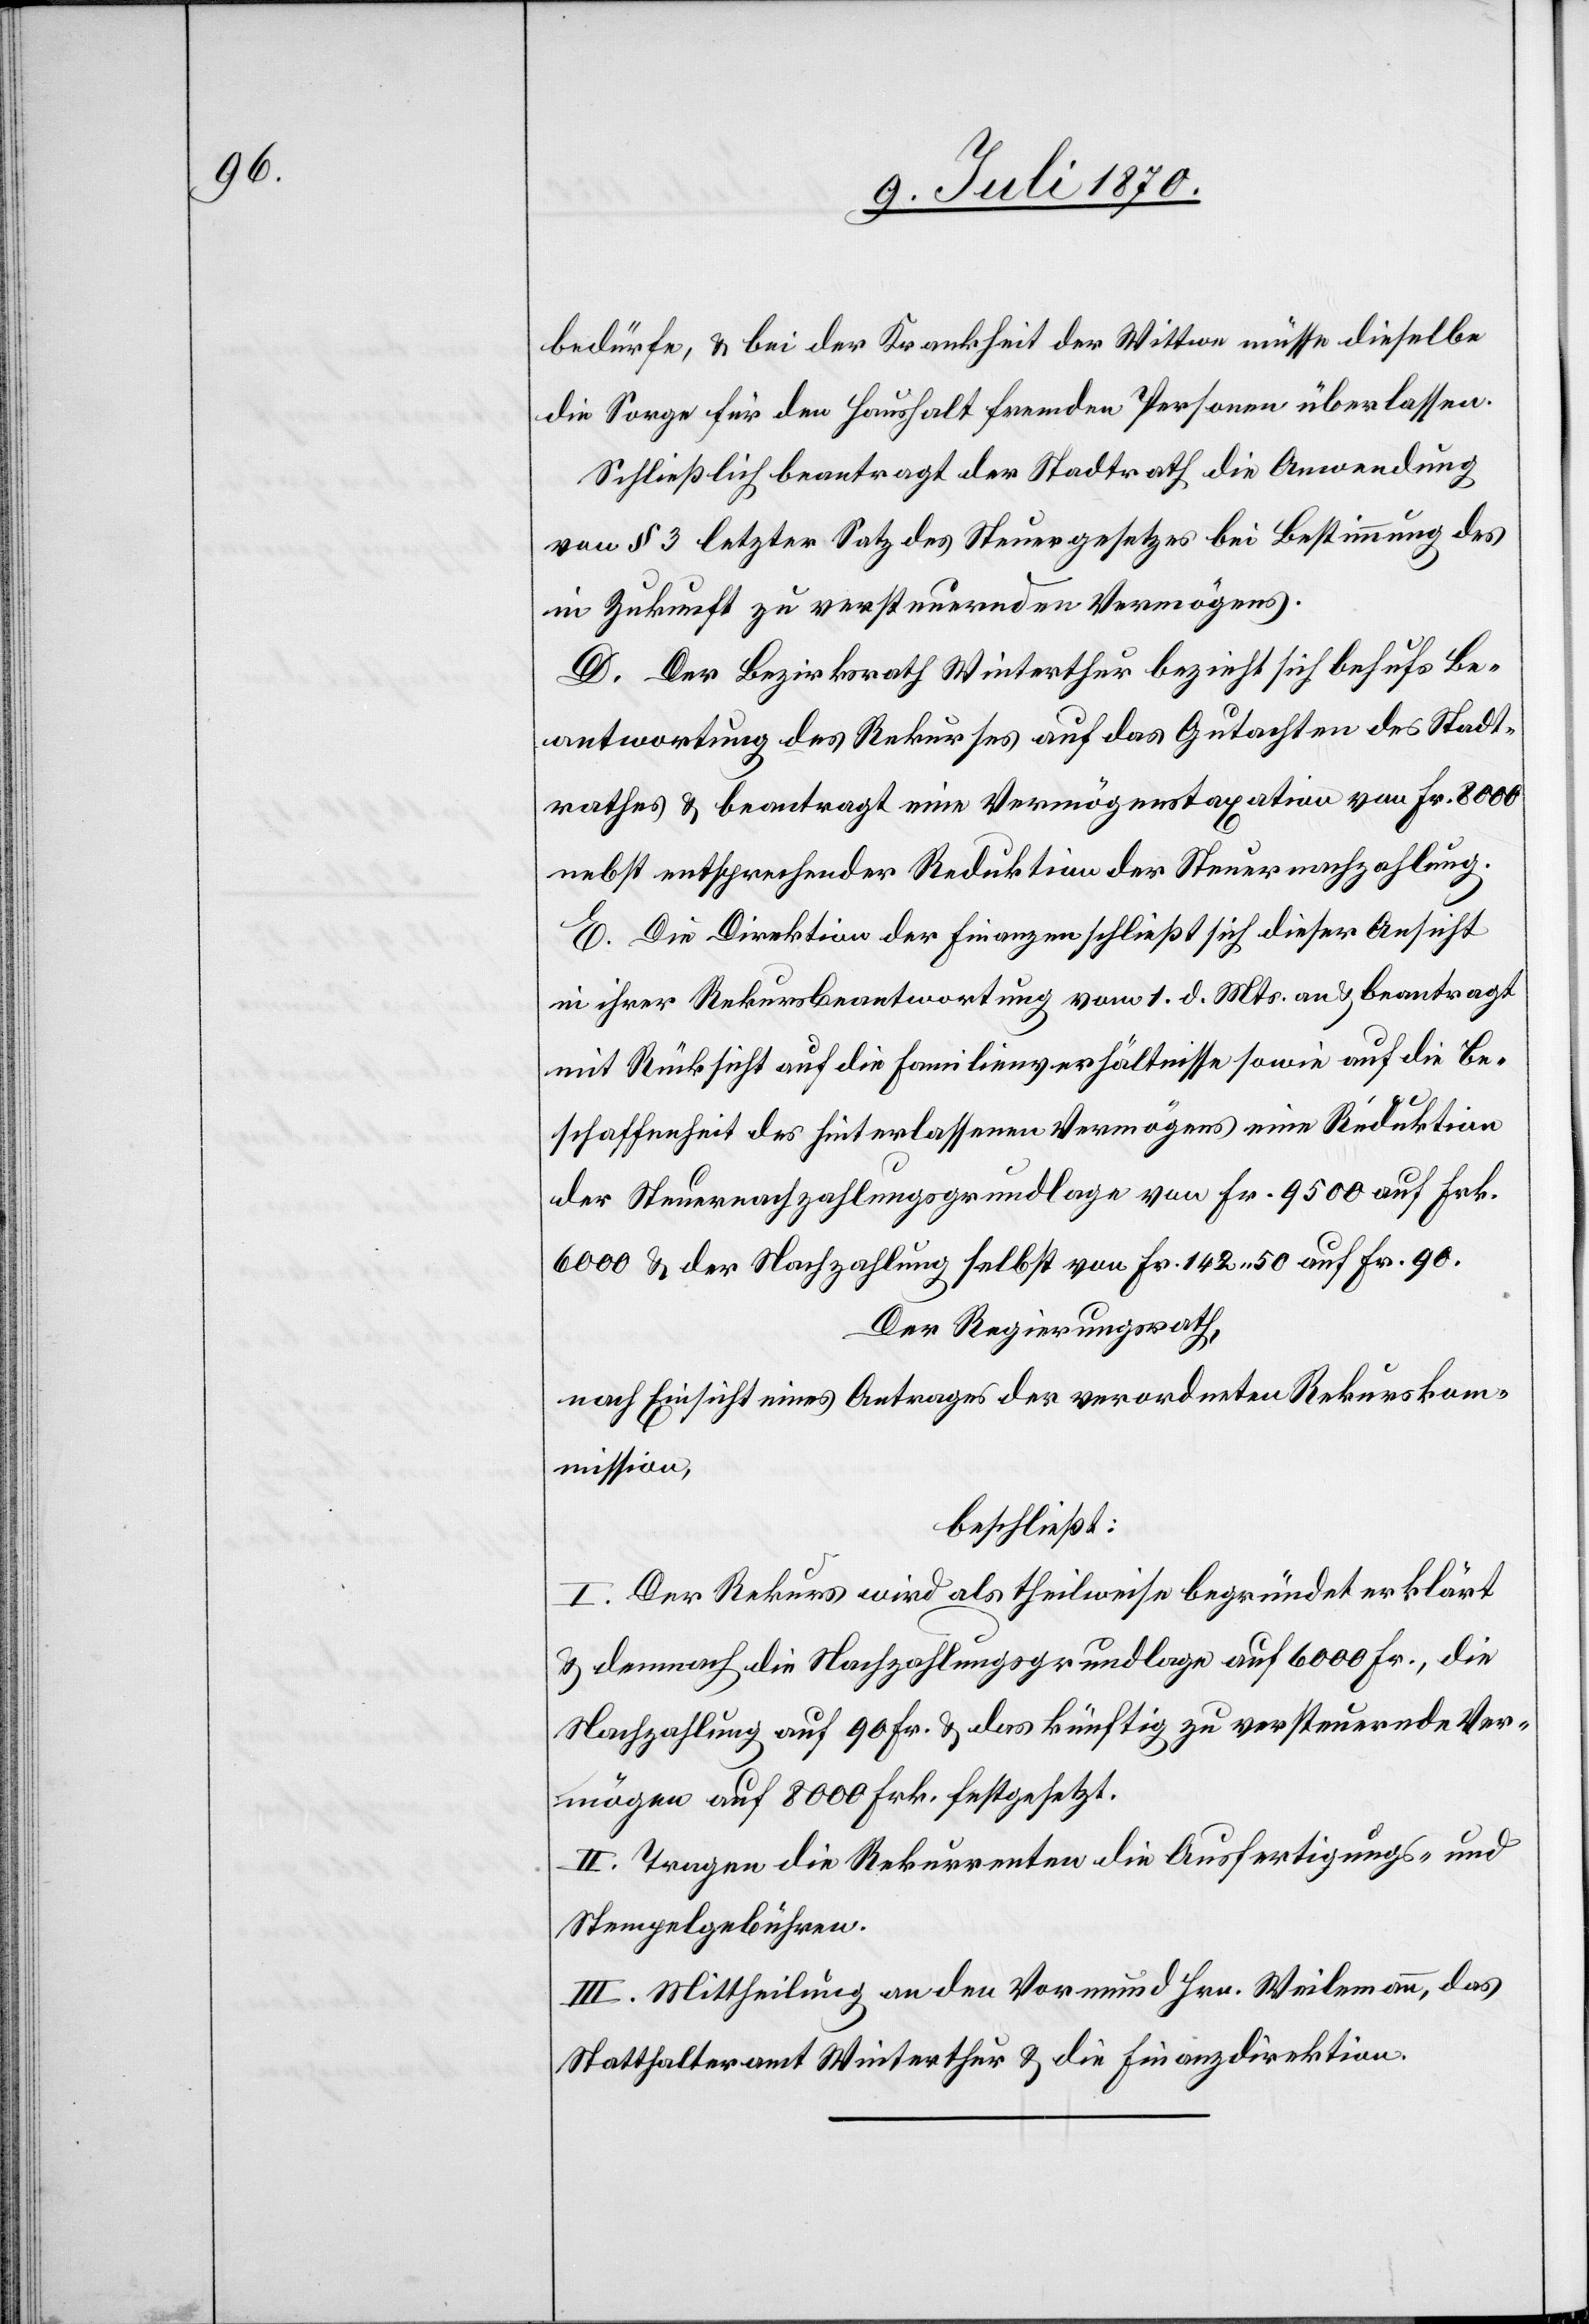
bedürfe, & bei der Krankheit der Wittwe müsse dieselbe
die Sorge für den Haushalt fremder Personen überlassen.
Schließlich beantragt der Stadtrath die Anwendung
von § 3 letzter Satz des Steuergesetzes bei Bestimmung des
in Zukunft zu versteuernden Vermögens.
D. Der Bezirksrath Winterthur bezieht sich behufs Be¬
antwortung des Rekurses auf das Gutachten des Stadt¬
rathes & beantragt eine Vermögenstaxation von Fr. 8000
nebst entsprechender Reduktion der Steuernachzahlung.
E. Die Direktion der Finanzen schließt sich dieser Ansicht
in ihrer Rekursbeantwortung vom 1. d. Mts. an & beantragt
mit Rücksicht auf die Familienverhältnisse sowie auf die Be¬
schaffenheit des hinterlassenen Vermögens eine Reduktion
der Steuernachzahlungsgrundlage von Fr. 9500 auf Frk.
6000 & der Nachzahlung selbst von Fr. 142.50 auf Fr. 90.
Der Regierungsrath
nach Einsicht eines Antrages der verordneten Rekurskom¬
mission,
beschließt:
I. Der Rekurs wird als theilweise begründet erklärt
& demnach die Nachzahlungsgrundlage auf 6000 Fr., die
Nachzahlung auf 90 Fr. & das künftig zu versteuernde Ver¬
mögen auf 8000 Fr. festgesetzt.
II. Tragen die Rekurrenten die Ausfertigungs- &
Stempelgebühren.
III. Mittheilung an den Vormund Hrn. Weilemann, das
Statthalteramt Winterthur & die Finanzdirektion.